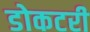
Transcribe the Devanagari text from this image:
डोकटरी